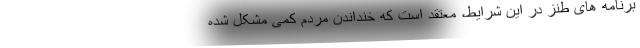
برنامه های طنز در این شرایط، معتقد است که خنداندن مردم کمی مشکل شده